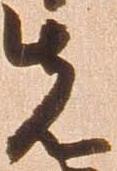
先